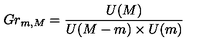
G r _ { m , M } = \frac { U ( M ) } { U ( M - m ) \times U ( m ) }